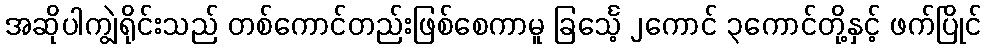
အဆိုပါကျွဲရိုင်းသည် တစ်ကောင်တည်းဖြစ်စေကာမူ ခြင်္သေ့ ၂ကောင် ၃ကောင်တို့နှင့် ဖက်ပြိုင်